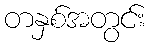
တနှစ်အတွင်း